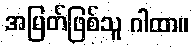
အမြတ်ဖြစ်သူ ဂါထာ။